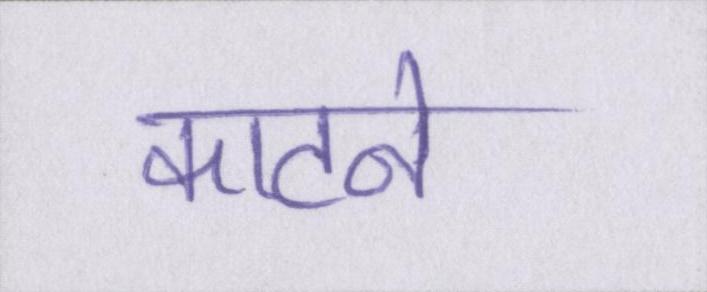
काटने